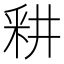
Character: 𰼗